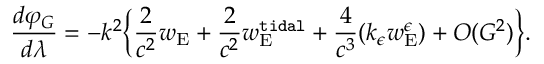
\frac { d \varphi _ { G } } { d \lambda } = - k ^ { 2 } \Big \{ \frac { 2 } { c ^ { 2 } } w _ { \mathrm { E } } + \frac { 2 } { c ^ { 2 } } w _ { \mathrm { E } } ^ { \tt t i d a l } + \frac { 4 } { c ^ { 3 } } ( k _ { \epsilon } w _ { \mathrm { E } } ^ { \epsilon } ) + { \cal O } ( G ^ { 2 } ) \Big \} .